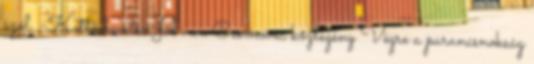
szól. -Kettő bevetés.Jól van Csernovec közlegény Végre a parancsnokság